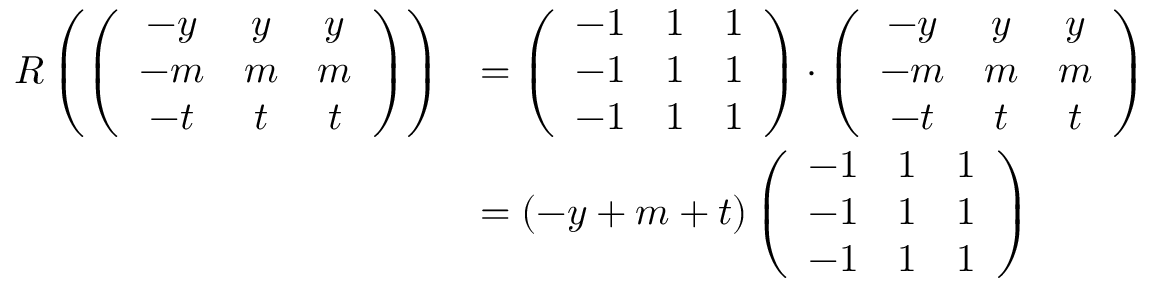
\begin{array} { r l } { R \left( \left( \begin{array} { c c c } { - y } & { y } & { y } \\ { - m } & { m } & { m } \\ { - t } & { t } & { t } \end{array} \right) \right) } & { = \left( \begin{array} { c c c } { - 1 } & { 1 } & { 1 } \\ { - 1 } & { 1 } & { 1 } \\ { - 1 } & { 1 } & { 1 } \end{array} \right) \cdot \left( \begin{array} { c c c } { - y } & { y } & { y } \\ { - m } & { m } & { m } \\ { - t } & { t } & { t } \end{array} \right) } \\ & { = ( - y + m + t ) \left( \begin{array} { c c c } { - 1 } & { 1 } & { 1 } \\ { - 1 } & { 1 } & { 1 } \\ { - 1 } & { 1 } & { 1 } \end{array} \right) } \end{array}